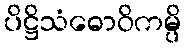
ပိဋ္ဌိသံဓောဝိကမ္ပိ